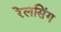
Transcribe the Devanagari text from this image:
रेलसिंग